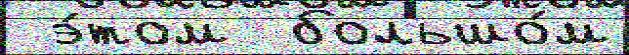
 э́том  большо́м